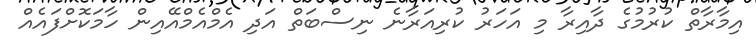
އިމާރާތް ކުރުމުގެ ދާއިރާ މި އަހަރު ކުރިއަރާނެ ނިސްބަތް އަދި އެމްއެމްއޭއިން ހާމަކޮށްފައެއް